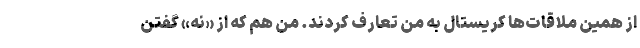
از همین ملاقات‌ها کریستال به من تعارف کردند. من هم که از «نه» گفتن